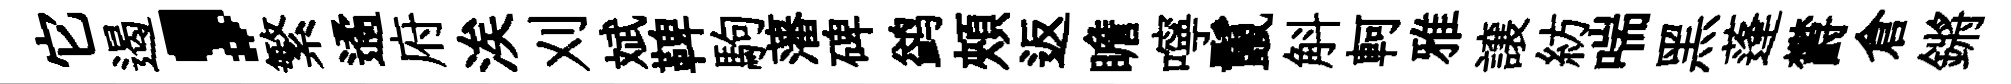
它遏，繁遹府涘刈斌鞞駒藩碑鹢頰返瞻嚀鬣斛軻雅譲紡喘黑蓬欝倉鏘